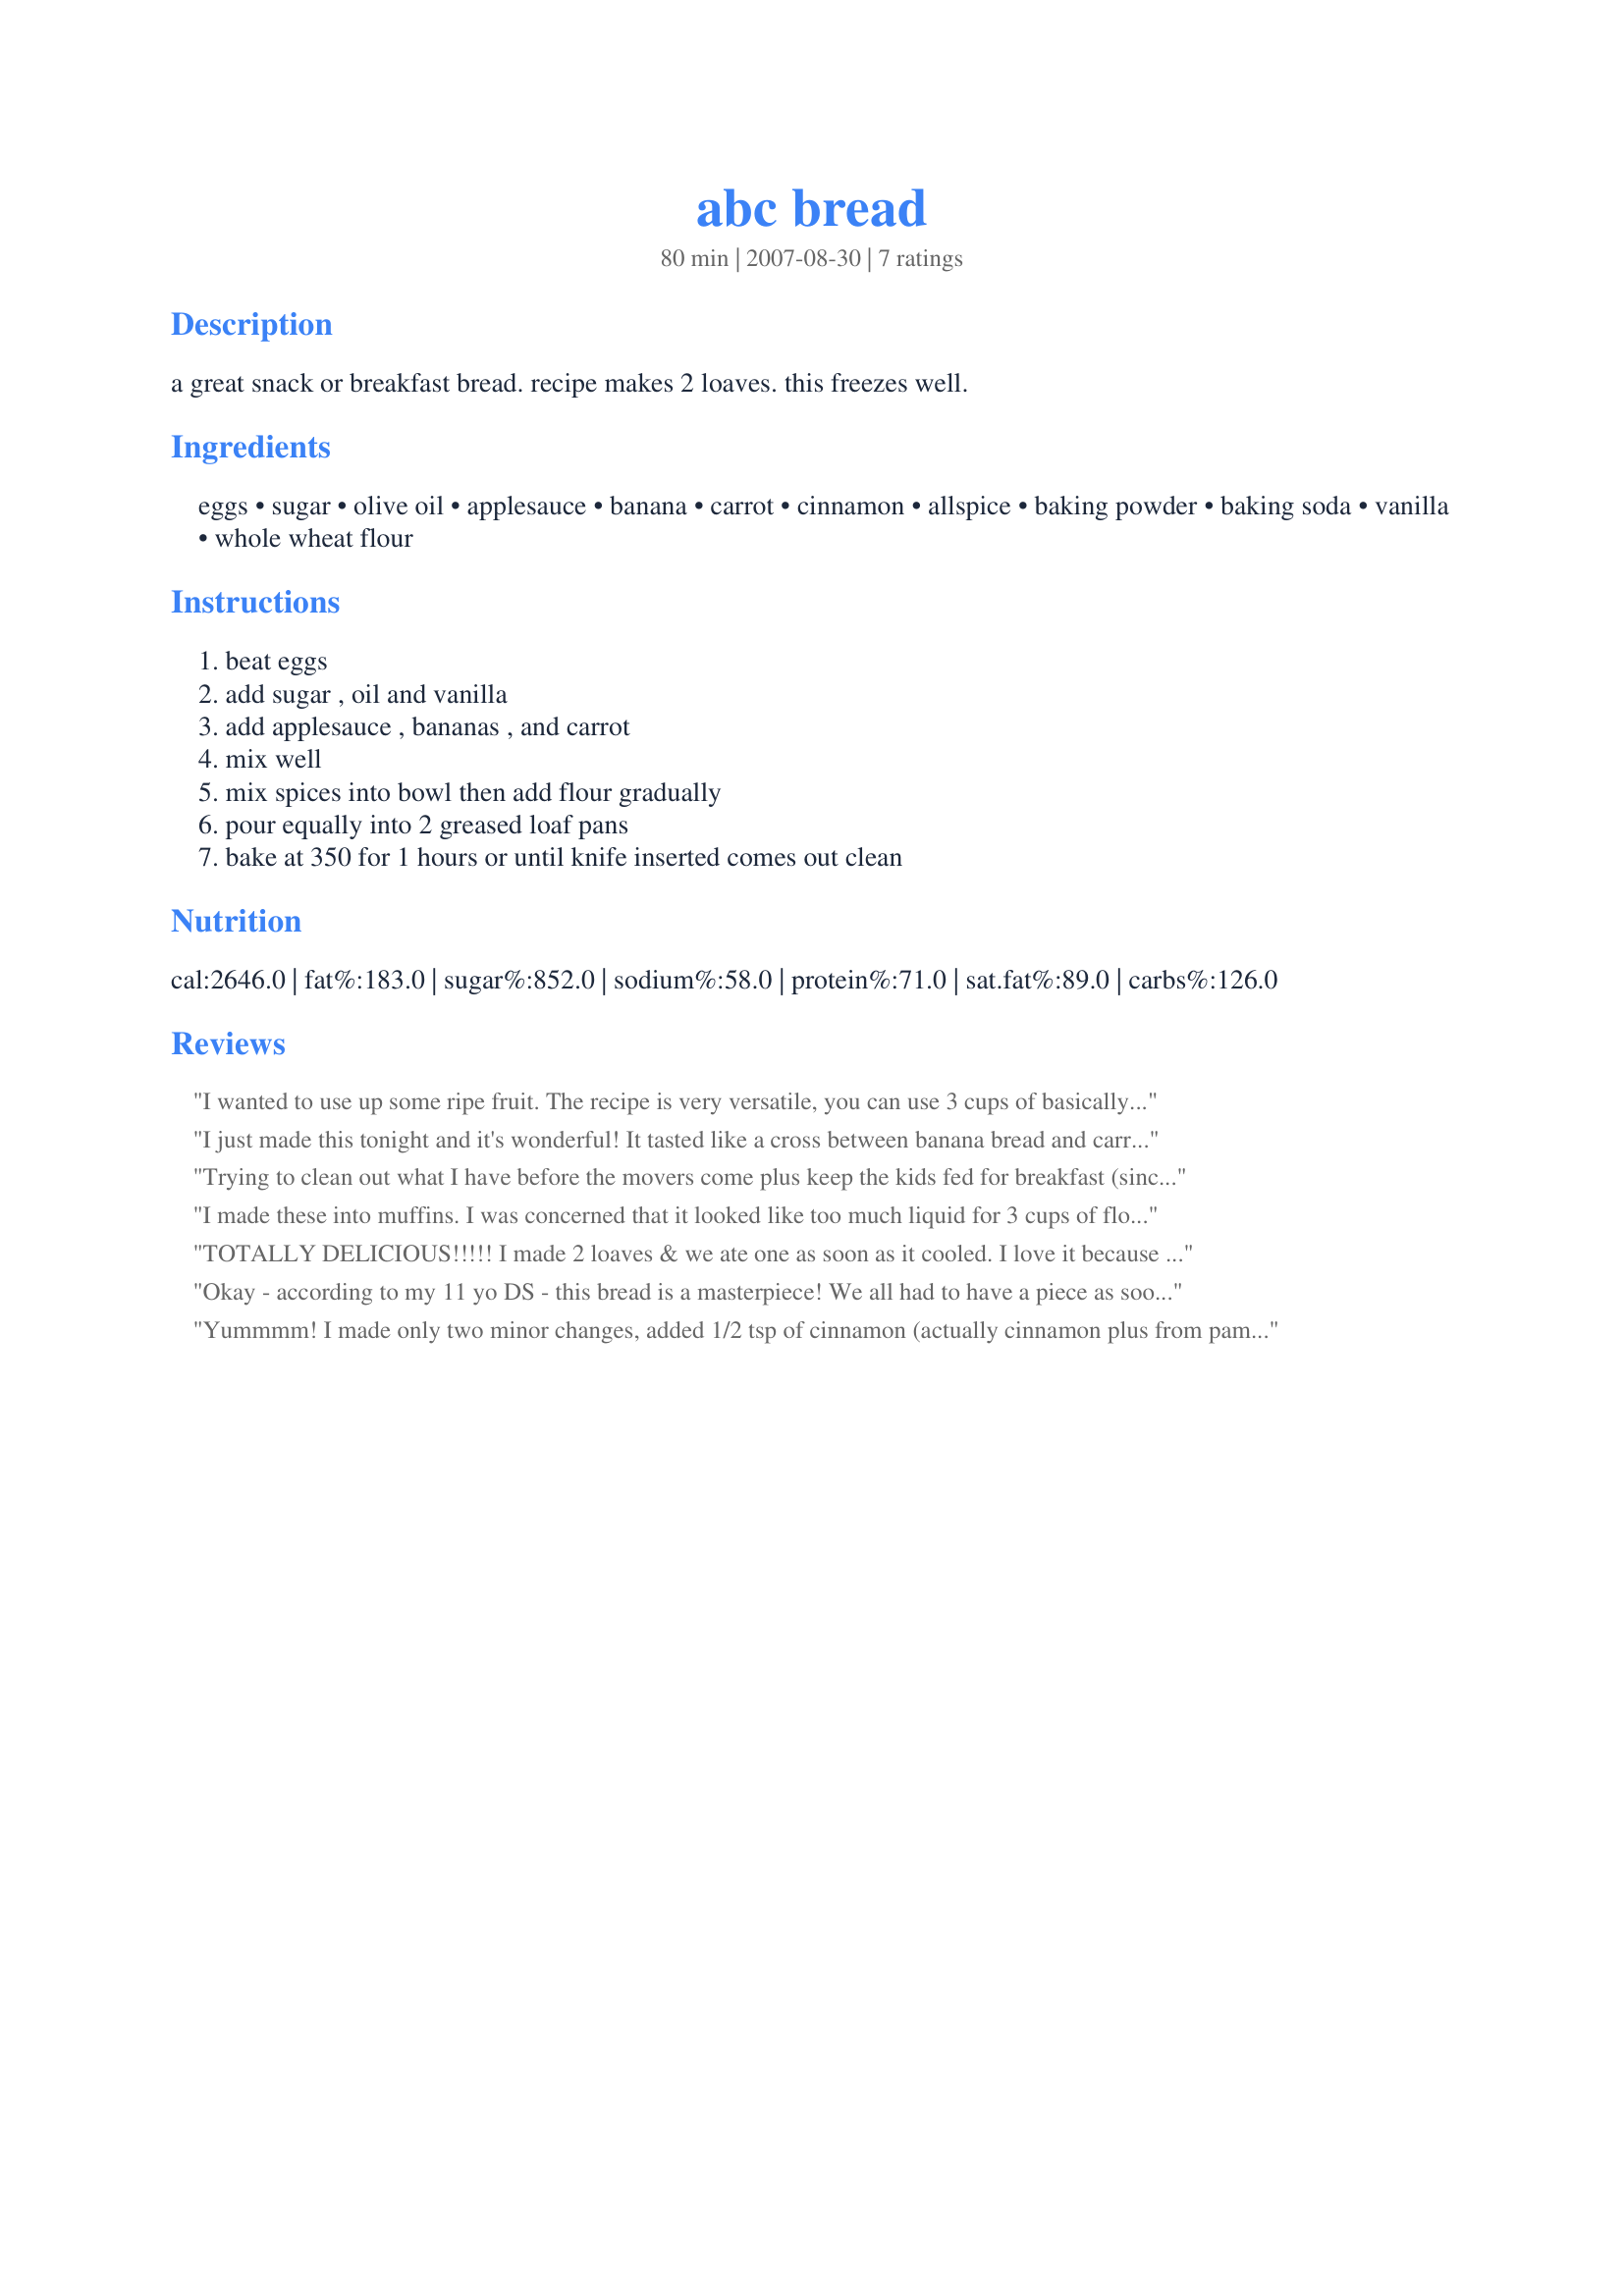
abc bread
Preparation time: 80 minutes

a great snack or breakfast bread. recipe makes 2 loaves. this freezes well.

Ingredients:
eggs, sugar, olive oil, applesauce, banana, carrot, cinnamon, allspice, baking powder, baking soda, vanilla, whole wheat flour

Steps:
beat eggs, add sugar , oil and vanilla, add applesauce , bananas , and carrot, mix well, mix spices into bowl then add flour gradually, pour equally into 2 greased loaf pans, bake at 350 for 1 hours or until knife inserted comes out clean

Reviews:
I wanted to use up some ripe fruit. The recipe is very versatile, you can use 3 cups of basically any moist pureed fruit or vegetable. I used 2 pears, 3 bananas and applesauce to equal 3 cups. These make beautiful muffins or bread. I made 1 loaf; 12 regular and 20 mini muffins from this recipe. The finished product was moist and flavorful. I also reduced the sugar by 1/2 cup and still found it to be quite sweet. Thanks for sharing, I will use this again to &quot;sneak&quot; in some veggies to my son who has an aversion to most veggies. They freeze beautifully, just pop them in the microwave and they taste like they&#039;re fresh out of the oven!
I just made this tonight and it's wonderful! It tasted like a cross between banana bread and carrot cake. I made 1 loaf and 3 dozen mini-muffins. I substituted 1/2 c applesauce for 1/2 of the oil, and it seemed to work out pretty well. I only had all-purpose white flour on hand, so that's what I used. I also cut the sugar down to 1 1/2 cups. I had a problem with my loaf sticking to the bottom, but I think that was probably because I didn't let it cool enough before I tried to take it out of the pan. Overall, it is an excellent recipe and I will definately be making more.
Trying to clean out what I have before the movers come plus keep the kids fed for breakfast (since we are out of cereal!) has meant lots of quick breads lately. This one is excellent. I did make a few changes based on what I had on hand. I halved the recipe and used just one egg. Used 3/4 sugar 1/4 splenda. My applesauce and bananas were a tad low but I upped the carrots a little bit. Had no vanilla so left it out. And I am embarassed to say I used white flour. (I'm usually a whole wheat girl but my local stores don't carry white wheat or whole wheat pastry flour and I needed some right away.) This was a really tasty, very moist, bread. We all enjoyed it. I look forward to trying it again when I can make a full recipe and freeze some!
I made these into muffins. I was concerned that it looked like too much liquid for 3 cups of flour, esp. since I use freshly ground w.w. pastry flour. I added an extra 1/2 cup, had under a cup of banana, used Sucanat, 1 tsp cinnamon, added 1/2 tsp almond extract. Whole wheat muffins don't tend to rise much so I usu. fill them full. They made 24, baked for 25 minutes. However, they were so moist that they kind of spread, rather than rose. The last muffin I didn't have enough for and that was the best looking one! So I would fill less than full and make more next time. I was thinking about trying honey instead of sugar, but I would have to reduce the other liquid quite a bit, as honey makes it moister. My family loved them. Next time I will add a little more flour, protein powder and some flax seeds.
TOTALLY DELICIOUS!!!!! I made 2 loaves & we ate one as soon as it cooled. I love it because it's healthy & so moist. I'll definitely be keeping this recipe & making these often. Only change I made was that I doubled the cinnamon, because we were out of allspice... still awesome!! Thanks
Okay - according to my 11 yo DS - this bread is a masterpiece! We all had to have a piece as soon as it was cool enough to cut. I had to use canola oil instead of olive oil (as I had run out) but it all worked very well. Added a bit more cinnamon and allspice as we like those spices but it would have been fine without the extra too. Nice and moist. Absolutely delicious!
Yummmm! I made only two minor changes, added 1/2 tsp of cinnamon (actually cinnamon plus from pampered chef) and used half olive and half canola oil. I think I might try this with pumpkin instead of banana just to see how it tastes. My hubby says don't mess with it it's perfect. We loves this bread! Thanks.
